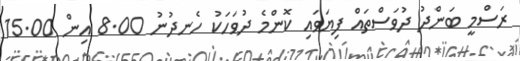
ރަސްމީ ބަންދު ދުވަސްތައް ފިޔަވައި ކޮންމެ ދުވަހަކު ހެނދުނު 8.00 އިން 15.00